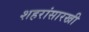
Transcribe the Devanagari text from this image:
शहरांसारखी